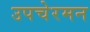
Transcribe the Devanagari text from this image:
उपचेरमन